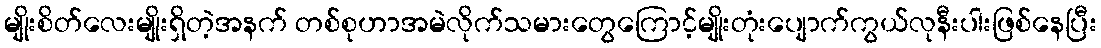
မျိုးစိတ်လေးမျိုးရှိတဲ့အနက် တစ်စုဟာအမဲလိုက်သမားတွေကြောင့်မျိုးတုံးပျောက်ကွယ်လုနီးပါးဖြစ်နေပြီး